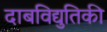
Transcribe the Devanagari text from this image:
दाबविद्युतिकी